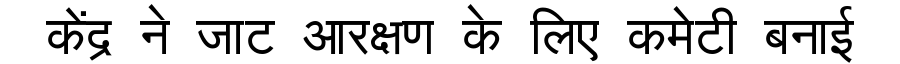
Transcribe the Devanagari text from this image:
केंद्र ने जाट आरक्षण के लिए कमेटी बनाई